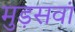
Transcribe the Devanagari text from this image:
मुड़सवां